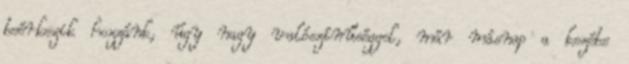
beérkezik hozzánk, úgy nagy valószínűséggel, már másnap a kezébe